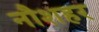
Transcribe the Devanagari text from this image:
नौशहर